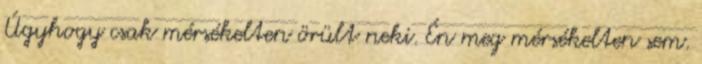
Úgyhogy csak mérsékelten örült neki. Én meg mérsékelten sem.